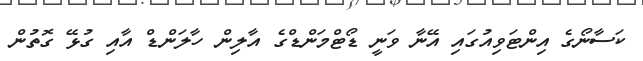
ކަސާނޯގެ އިންޓަވިއުގައި އޭނާ ވަނީ ޑޯޓްމަންޑްގެ އާލިން ހާލަންޑް އާއި ގުޅޭ ގޮތުން